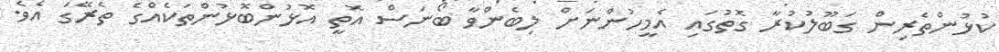
ކުޅުންތެރިން ގަބޫލުކުރާ ގޮތުގައި އެމީހުންނަށް ލިބެންވާ ބޯނަސް އޮތީ އޮޅުންބޮޅުންތަކެއްގެ ތެރޭގަ އެވެ.